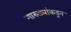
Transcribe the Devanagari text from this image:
गारुड्यांकडून